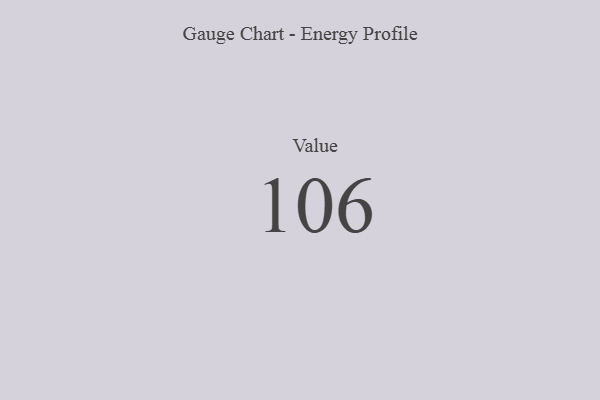
{"axis": {"x": "Metric", "y": "Value"}, "legend": [""], "data": [{"x": "Value", "y": 106, "type": ""}]}